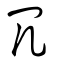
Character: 冗